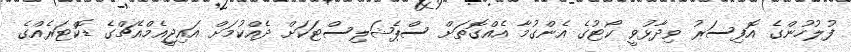
ފުލުހުންގެ އޮފިސަރު ވިދާޅުވީ ކޯޓުގެ އެންގުމާ އެއްގޮތަށް ސްޕެޝަލިސްޓަކަށް ދެއްކުމަށް އައިޖީއެމްއެޗްގެ ޑޮކްޓަރެއްގެ